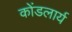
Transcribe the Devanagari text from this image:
कोंडलार्य